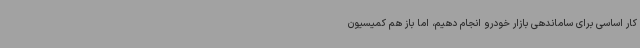
کار اساسی برای ساماندهی بازار خودرو انجام دهیم، اما باز هم کمیسیون